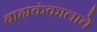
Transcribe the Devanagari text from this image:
बाह्यकंकालाचे